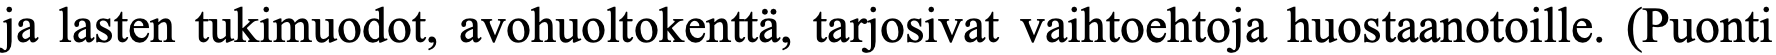
ja lasten tukimuodot, avohuoltokenttä, tarjosivat vaihtoehtoja huostaanotoille. (Puonti